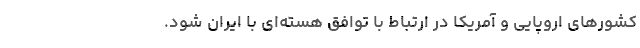
کشورهای اروپایی و آمریکا در ارتباط با توافق هسته‌ای با ایران شود.